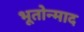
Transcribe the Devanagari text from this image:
भूतोन्माद